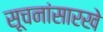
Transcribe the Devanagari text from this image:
सूचनांसारखे